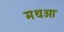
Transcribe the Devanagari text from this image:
मथओ